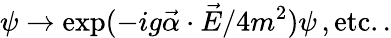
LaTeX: \psi\rightarrow\exp(-ig\vec{\alpha}\cdot\vec{E}/4m^{2})\psi\, ,\mathrm{etc..}